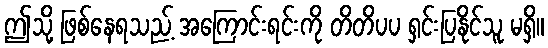
ဤသို့ ဖြစ်နေရသည့် အကြောင်းရင်းကို တိတိပပ ရှင်းပြနိုင်သူ မရှိ။